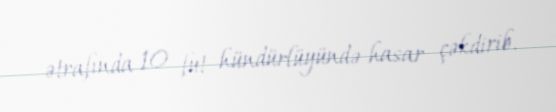
ətrafında 10 fut hündürlüyündə hasar çəkdirib.